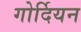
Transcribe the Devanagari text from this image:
गोर्दियन